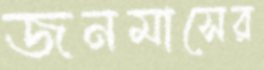
জনমাসের